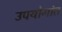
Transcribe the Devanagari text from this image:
उपयोगांत